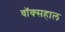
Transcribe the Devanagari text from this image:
वॉक्सहाल